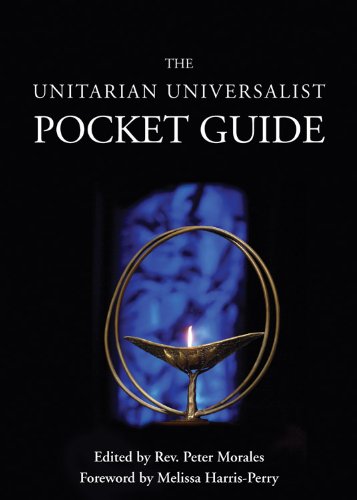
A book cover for The Unitarian Universalist Pocket Guide, 5th Edition; Religion & Spirituality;